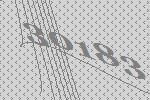
30183